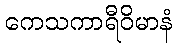
ကေသကာရီဝိမာနံ